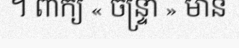
។ ពាក្យ « ចន្ទ្រា » មាន